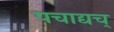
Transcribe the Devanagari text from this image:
पचाद्यच्